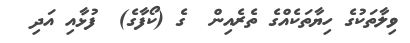
ވިލާތަކުގެ ހިޔާތަކެއްގެ ތެރެއިން  ގެ (ކޯފާގެ)  ފުޅާއި އަދި